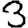
Digit: 3